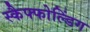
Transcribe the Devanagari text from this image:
स्कैफ्फोल्डिंग